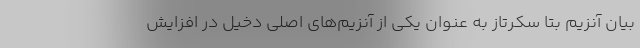
بیان آنزیم بتا سکرتاز به عنوان یکی از آنزیم‌های اصلی دخیل در افزایش